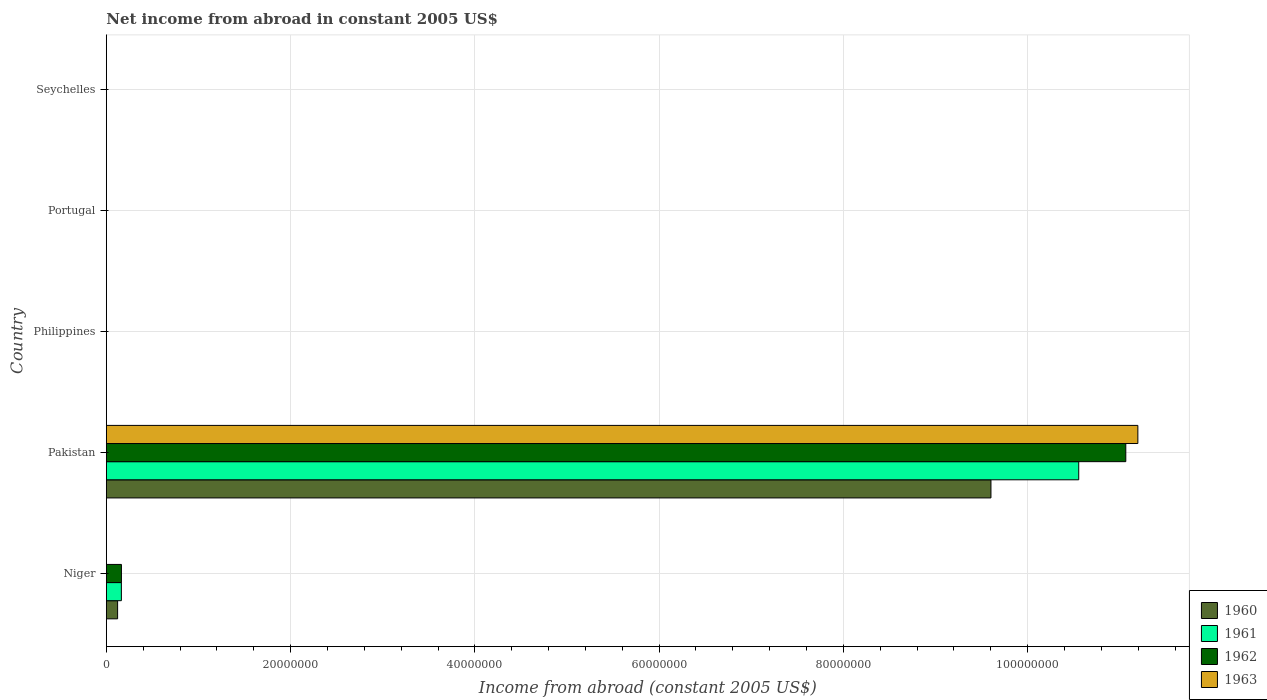
| Country | 1960 | 1961 | 1962 | 1963 |
 | --- | --- | --- | --- | --- |
 | Niger | 1.22e+06 | 1.63e+06 | 1.64e+06 | -2.45e+06 |
 | Pakistan | 9.6e+07 | 1.06e+08 | 1.11e+08 | 1.12e+08 |
 | Philippines | -9.46e+07 | -5.22e+07 | -1.45e+07 | -1.64e+07 |
 | Portugal | -2.17e+07 | -2.75e+07 | -3.36e+07 | -3.09e+07 |
 | Seychelles | -4.2e+04 | -4.2e+04 | -4.2e+04 | -6.3e+04 |